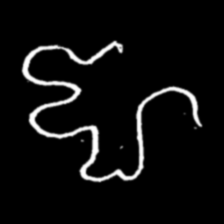
Pyu character \u2014 Myanmar letter: ဈ (romanized: jha)